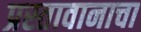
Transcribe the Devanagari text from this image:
प्रस्तावानाचा